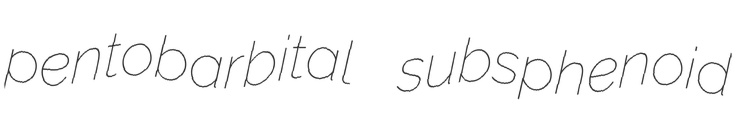
pentobarbital subsphenoid